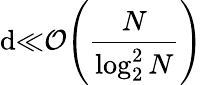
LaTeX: \mathrm{d}{\ll}\mathcal{{O}}{\left(\frac{{N}}{{\log_{2}^{2}N}}\right)}